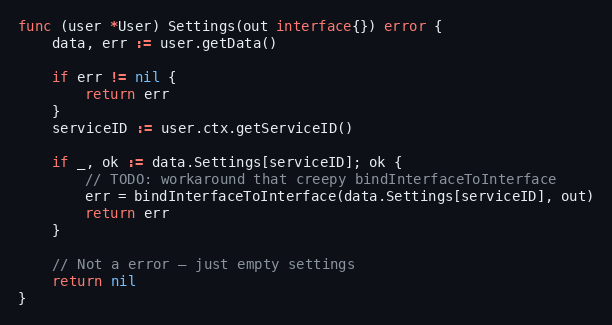
Language: Go
func (user *User) Settings(out interface{}) error {
	data, err := user.getData()

	if err != nil {
		return err
	}
	serviceID := user.ctx.getServiceID()

	if _, ok := data.Settings[serviceID]; ok {
		// TODO: workaround that creepy bindInterfaceToInterface
		err = bindInterfaceToInterface(data.Settings[serviceID], out)
		return err
	}

	// Not a error – just empty settings
	return nil
}